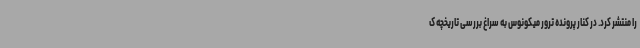
را منتشر کرد. در کنار پرونده ترور میکونوس به سراغ بررسی تاریخچه ک